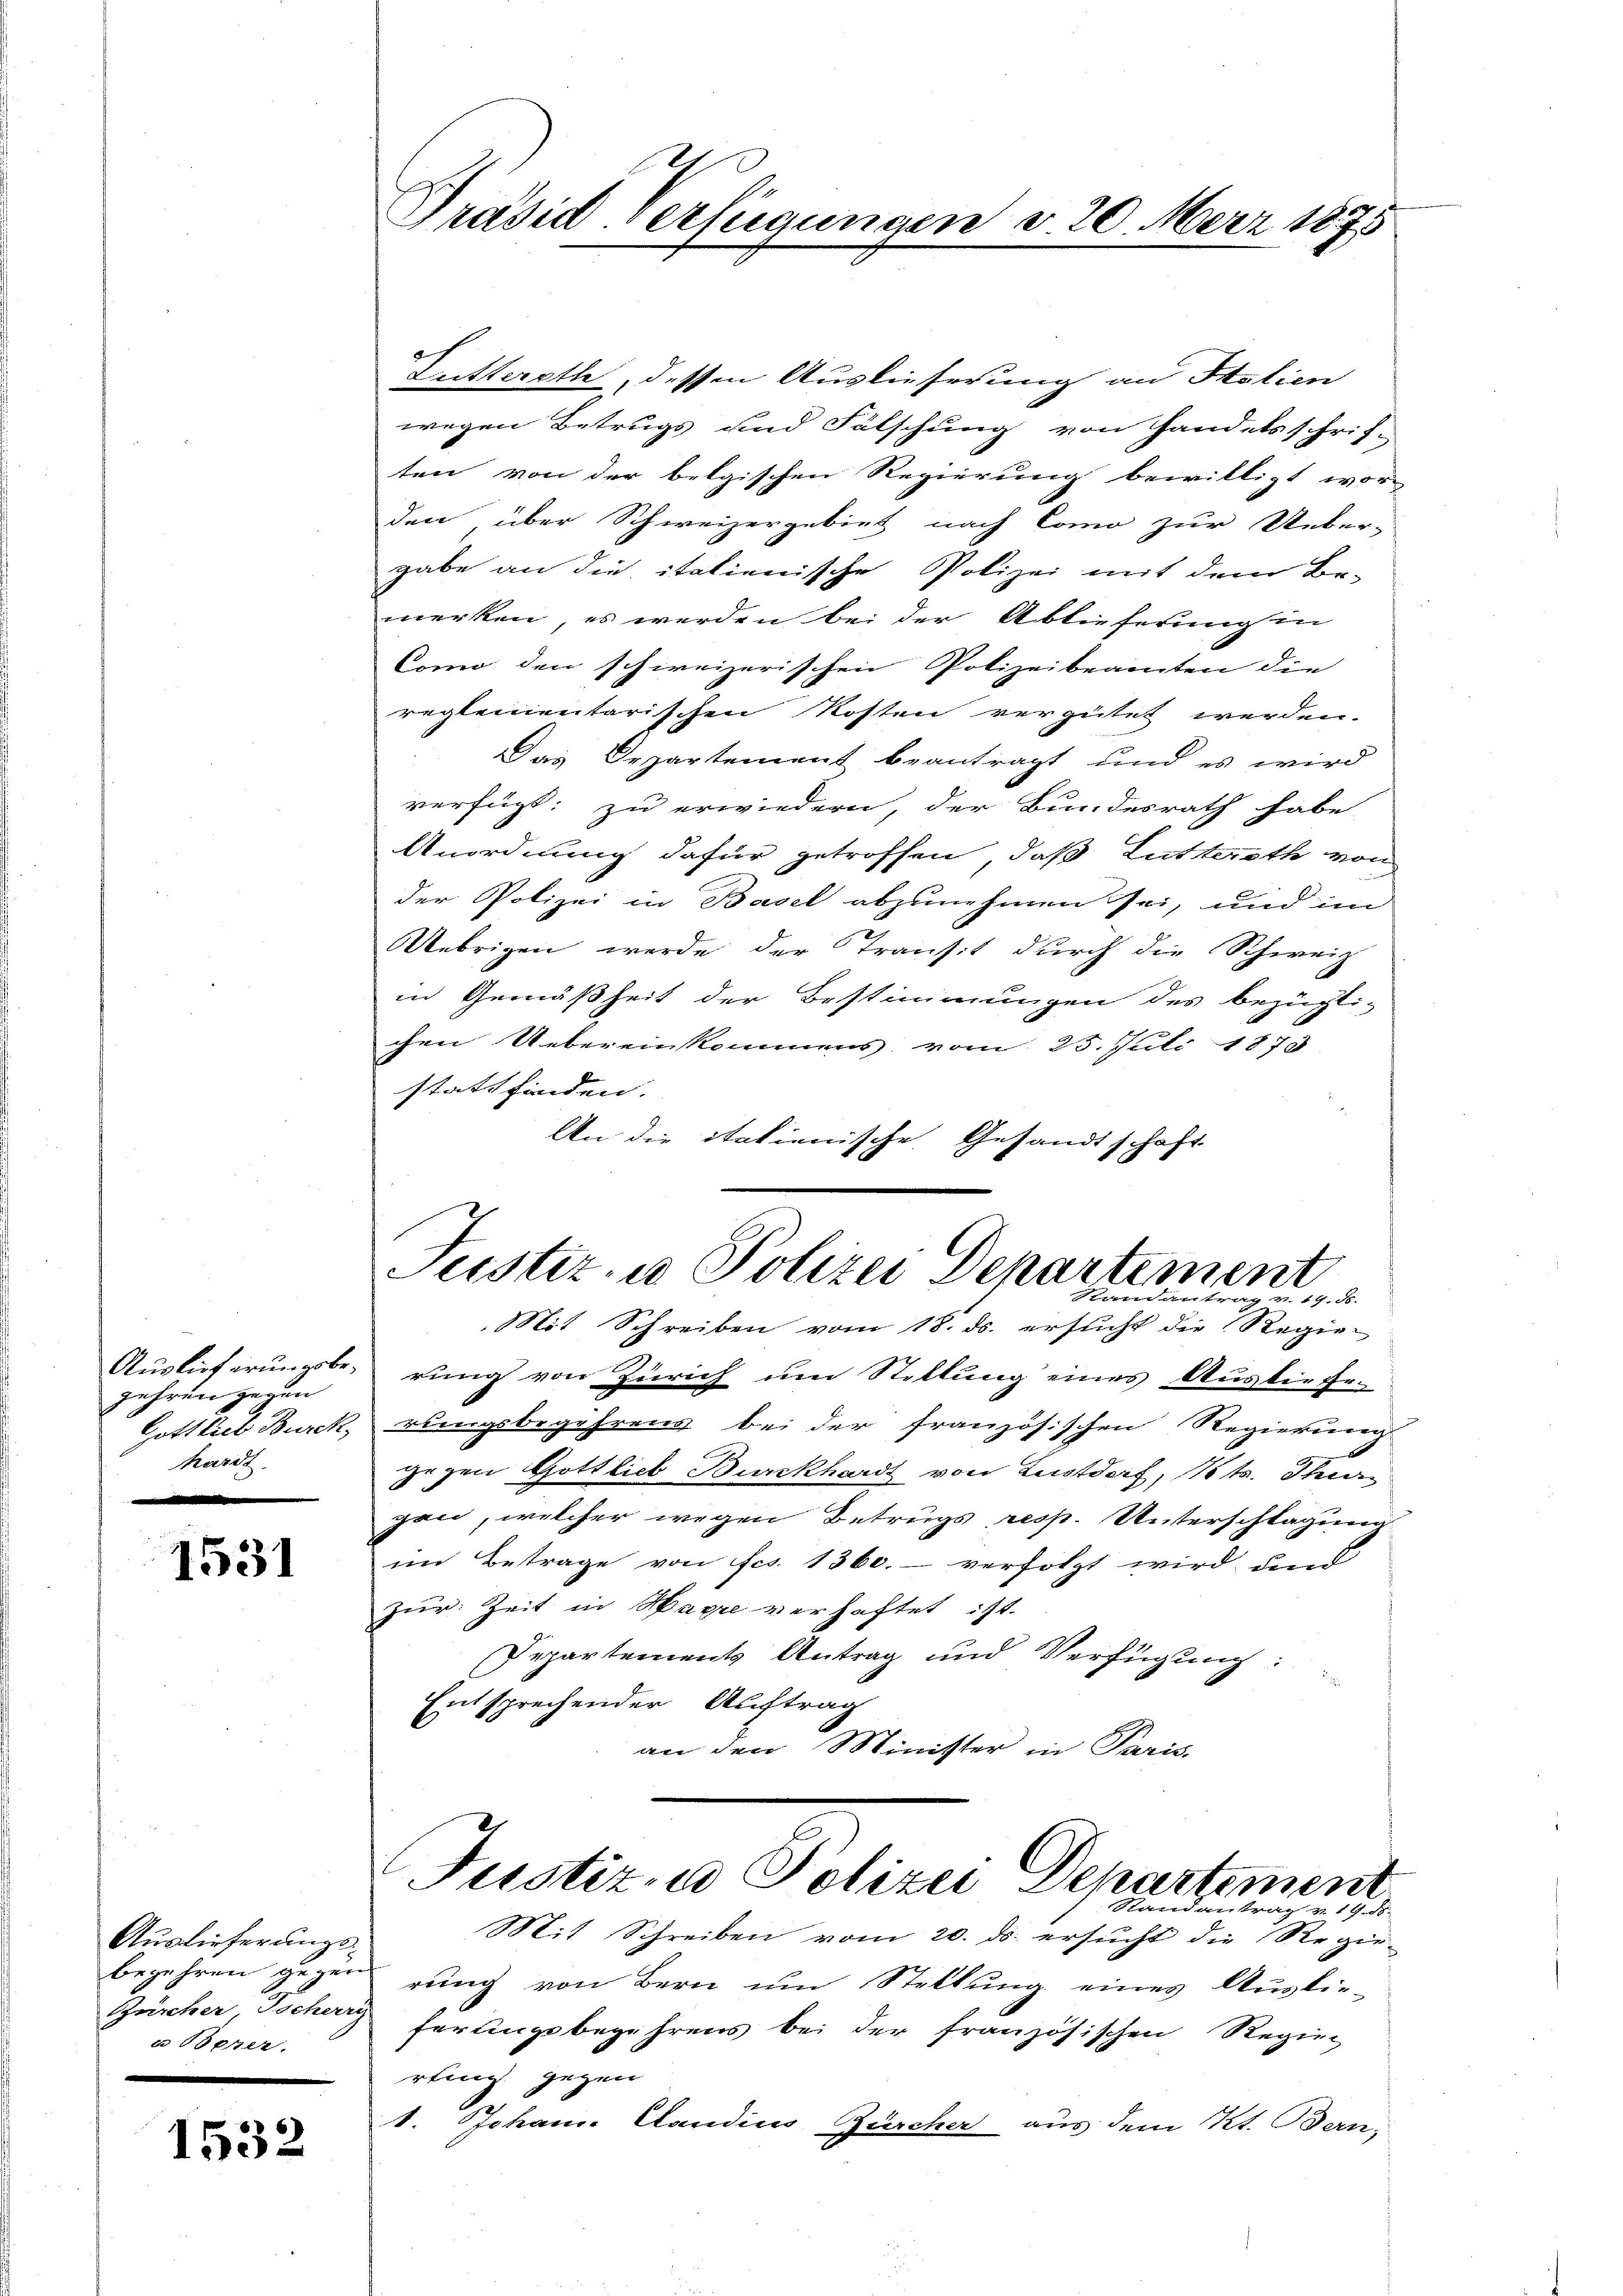
Auslieferungsbe¬
Jahren gegen
Gottlieb Burck,
hardt

1531

Auslieferungsbegehren gegen
Zürcher, Tscherr
u Töpper.

1532

Präsid-Verfügungen v. 20. März 1875

Lutterath, dessen Auslieferung an Stalien
wegen Betrugs und Fälschung von Handelsschrif-
ten von der belgischen Regierung bewilligt wor-
den über Schweizergebiet nach Como zur Ueber-
gabe an die italienische Polizei mit dem Be-
merken, es werden bei der Ablieferung in
Como den schweizerischen Polizeibeamten die
reglementarischen Kosten vergütet werden.
Das Departement beantragt, und es wird
verfügt: zu erwiedern, der Bundesrath habe
Anordnung dafür getroffen, daß Lutterath von
der Polizei in Basel abzunehmen sei, und im
Uebrigen werde der Transit durch die Schweiz
in Gemäßheit der Bestimmungen des bezügli-
chen Uebereinkommens vom 25. Juli 1878
stattfinden.
An die italienische Gesandtschaft
Justiz- u Polizei Departement
14
Mit Schreiben vom 18. ds. ersucht die Regier
rung von Zürich um Stellung eines AusbieEr.
rungsbegehrens bei der französischen Regierung
gegen Gottlieb Burckhardt von Lustdorf, Kts. Thur
gan, welcher wegen Betrugs resp. Unterschlagung
im Betrage von fes. 1360. verfolgt wird den
zur Zeit in Harre verhaftet ist.
Departements Antrag und Verfügung:
Entsprechender Auftrag
an den Minister in Paris.
Justiz- u Polizei Departement
Randantrag v. 19. d.
Mit Schreiben vom 20. ds. ersucht die Regie-
rung von Bern um Stellung eines Auslie-
ferungsbegehrens bei der französischen Regier
rling gegen
1. Johan Candins Zürcher aus dem Kt. Bern,